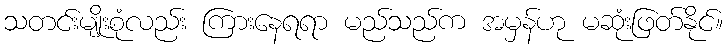
သတင်းမျိုးစုံလည်း ကြားနေရရာ မည်သည်က အမှန်ဟု မဆုံးဖြတ်နိုင်။